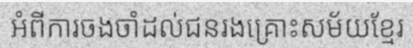
អំពីការចងចាំដល់ជនរងគ្រោះសម័យខ្មែរ